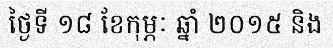
ថ្ងៃទី ១៨ ខែកុម្ភៈ ឆ្នាំ ២០១៥ និង